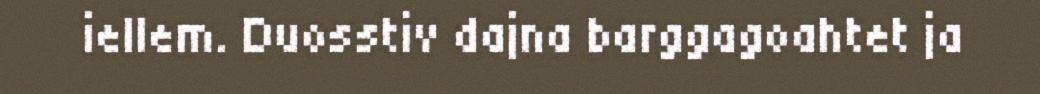
iellem. Duosstiv dajna barggagoahtet ja